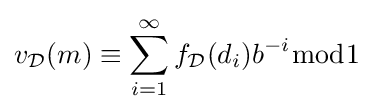
v_{\mathcal {D}}(m)\equiv \sum _{i=1}^{\infty }f_{\mathcal {D}}(d_{i})b^{-i}{\bmod {1}}